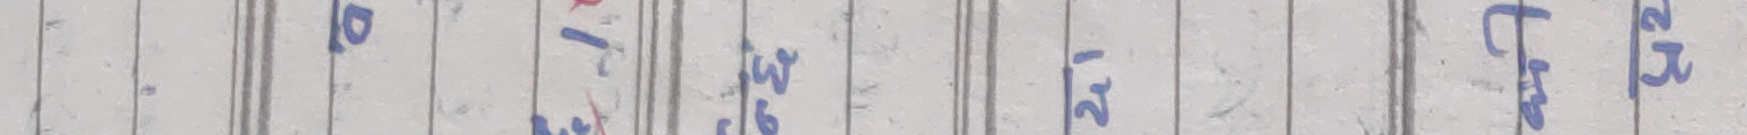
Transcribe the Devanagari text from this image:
१० १ ७ ३ ९ २ १ ८ ३